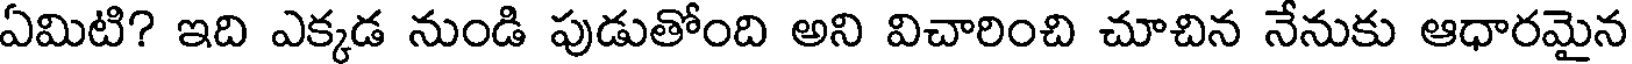
ఏమిటి? ఇది ఎక్కడ నుండి పుడుతోంది అని విచారించి చూచిన నేనుకు ఆధారమైన